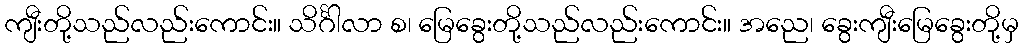
ကျီးတို့သည်လည်းကောင်း။ သိင်္ဂါလာ စ၊ မြေခွေးတို့သည်လည်းကောင်း။ အညေ၊ ခွေးကျီးမြေခွေးတို့မှ